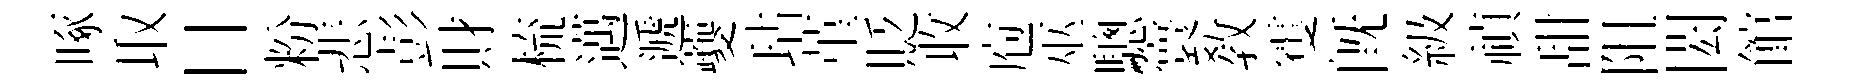
啄取目粉悲彭財梳邁遞夔玷堇貶收庖巫驄寰教䨥旣級禎甜阻閎館